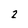
Character: 2